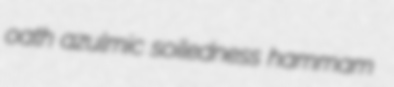
oath azulmic soiledness hammam